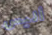
أليس